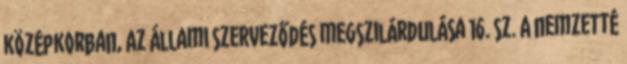
középkorban, Az állami szerveződés megszilárdulása 16. sz. A nemzetté